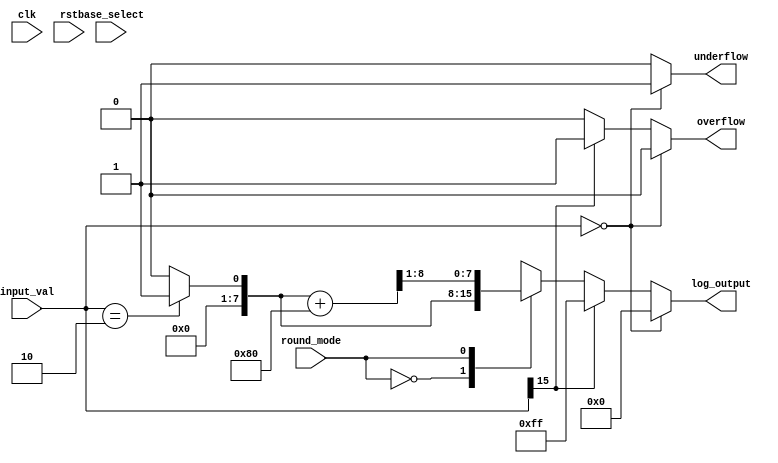
module LogarithmicUnit #(
    parameter N = 16,  // Input width
    parameter M = 8,   // Output width
    parameter BASE_SEL_WIDTH = 1, // Base selection width (1 bit)
    parameter ROUND_MODE_WIDTH = 1  // Rounding mode width (1 bit)
)(
    input wire clk,
    input wire rst,
    input wire [N-1:0] input_val,  // Fixed-point input value
    input wire base_select,          // 0 for base 2, 1 for base 10
    input wire round_mode,           // 0 for floor, 1 for round
    output reg [M-1:0] log_output,   // Fixed-point logarithm output
    output reg overflow,              // Overflow flag
    output reg underflow              // Underflow flag
);

    // Internal signal for logarithm calculation
    reg [M-1:0] log_result;
    reg [N-1:0] normalized_input;

    // Normalization and overflow/underflow handling
    always @(*) begin
        overflow = 1'b0;
        underflow = 1'b0;

        // For base 2 logarithm, input range should be [0, 1]
        // For base 10 logarithm, input range should be [1, )
        if (input_val == 0) begin
            underflow = 1'b1;
            log_output = {M{1'b0}}; // Return 0 for log(0) (undefined behavior)
        end else if (input_val[N-1] == 1) begin
            overflow = 1'b1;
            log_output = {M{1'b1}}; // Return max value for overflow
        end else begin
            normalized_input = input_val;

            // Logarithm calculation
            if (base_select == 0) begin
                // Base 2 Logarithm: Using a simple lookup table for demonstration
                // This should be replaced with a more accurate calculation
                log_result = log2_lookup(normalized_input);
            end else begin
                // Base 10 Logarithm: Using a simple lookup table for demonstration
                // This should be replaced with a more accurate calculation
                log_result = log10_lookup(normalized_input);
            end

            // Rounding logic
            case (round_mode)
                1'b0: log_output = log_result; // Floor
                1'b1: log_output = (log_result + (1 << (M-1))) >> 1; // Round
                default: log_output = log_result; // Default case
            endcase
        end
    end

    // Placeholder for log2 lookup table
    function [M-1:0] log2_lookup(input [N-1:0] val);
        begin
            // Simple hardcoded values for demonstration
            case (val)
                // Fill with appropriate values for log base 2
                16'b0000_0000_0000_0001: log2_lookup = 8'b0000_0000; // log2(1)
                16'b0000_0000_0000_0010: log2_lookup = 8'b0000_0001; // log2(2)
                // Add additional cases as needed
                default: log2_lookup = 8'b0000_0000; // Default log2 value
            endcase
        end
    endfunction

    // Placeholder for log10 lookup table
    function [M-1:0] log10_lookup(input [N-1:0] val);
        begin
            // Simple hardcoded values for demonstration
            case (val)
                // Fill with appropriate values for log base 10
                16'b0000_0000_0000_0001: log10_lookup = 8'b0000_0000; // log10(1)
                16'b0000_0000_0000_0010: log10_lookup = 8'b0000_0001; // log10(2)
                // Add additional cases as needed
                default: log10_lookup = 8'b0000_0000; // Default log10 value
            endcase
        end
    endfunction

endmodule